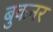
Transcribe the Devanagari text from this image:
बुकनर